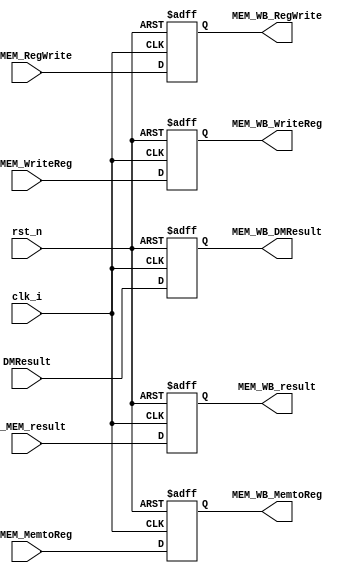
module MEM_WB(
		  clk_i,
		  rst_n,
		  EX_MEM_RegWrite,
		  EX_MEM_MemtoReg,
		  EX_MEM_WriteReg,
		  DMResult,
		  EX_MEM_result,
		  MEM_WB_RegWrite,
		  MEM_WB_MemtoReg,
		  MEM_WB_WriteReg,
		  MEM_WB_DMResult,
		  MEM_WB_result
		  );
		  
input clk_i;
input rst_n;
input EX_MEM_RegWrite;
input EX_MEM_MemtoReg;
input [4:0] EX_MEM_WriteReg;
input [31:0] DMResult;
input [31:0] EX_MEM_result;
output MEM_WB_RegWrite;
output MEM_WB_MemtoReg;
output [4:0] MEM_WB_WriteReg;
output [31:0] MEM_WB_DMResult;
output [31:0] MEM_WB_result;

reg MEM_WB_RegWrite;
reg MEM_WB_MemtoReg;
reg [4:0] MEM_WB_WriteReg;
reg [31:0] MEM_WB_DMResult;
reg [31:0] MEM_WB_result;

always @(posedge clk_i or negedge rst_n) begin
   if(~rst_n) begin
		  MEM_WB_RegWrite <= 0;
		  MEM_WB_MemtoReg <= 0;
		  MEM_WB_WriteReg <= 0;
		  MEM_WB_DMResult <= 0;
		  MEM_WB_result <= 0;
	end
	else begin
		  MEM_WB_RegWrite <= EX_MEM_RegWrite;
		  MEM_WB_MemtoReg <= EX_MEM_MemtoReg;
		  MEM_WB_WriteReg <= EX_MEM_WriteReg;
		  MEM_WB_DMResult <= DMResult;
		  MEM_WB_result <= EX_MEM_result;
	end
end


endmodule